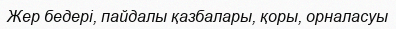
Жер бедері, пайдалы қазбалары, қоры, орналасуы